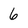
Character: 6